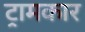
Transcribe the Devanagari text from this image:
ट्रामकार